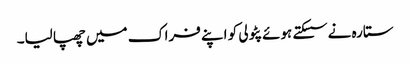
ستارہ نے سسکتے ہوئے پٹولی کو اپنے فراک میں چھپا لیا۔